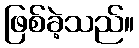
ဖြစ်ခဲ့သည်။